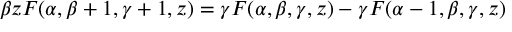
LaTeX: \beta z F ( \alpha , \beta + 1 , \gamma + 1 , z ) = \gamma F ( \alpha , \beta , \gamma , z ) - \gamma F ( \alpha - 1 , \beta , \gamma , z )